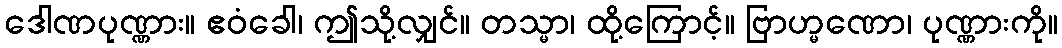
ဒေါဏပုဏ္ဏား။ ဧဝံခေါ၊ ဤသို့လျှင်။ တသ္မာ၊ ထို့ကြောင့်။ ဗြာဟ္မဏော၊ ပုဏ္ဏားကို။